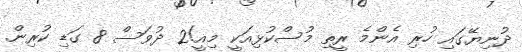
ދުނިޔޭގައި ހުރި އެންމެ ރީތި މުސްކުޅިއަކީ މިއީ!2 ދުވަސް 8 ގަޑި ކުރިން.